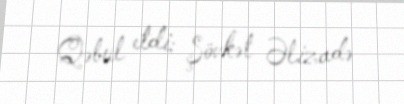
Qəbul etdi: Şövkət Əlizadə